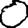
Digit: 0